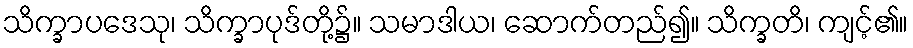
သိက္ခာပဒေသု၊ သိက္ခာပုဒ်တို့၌။ သမာဒါယ၊ ဆောက်တည်၍။ သိက္ခတိ၊ ကျင့်၏။